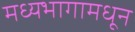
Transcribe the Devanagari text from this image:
मध्यभागामधून